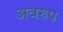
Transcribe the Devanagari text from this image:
अवरुप